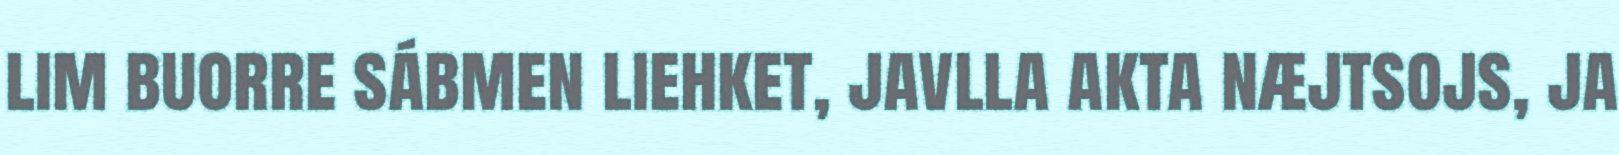
lim buorre sábmen liehket, javlla akta næjtsojs, ja